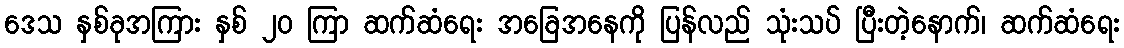
ဒေသ နှစ်ခုအကြား နှစ် ၂၀ ကြာ ဆက်ဆံရေး အခြေအနေကို ပြန်လည် သုံးသပ် ပြီးတဲ့နောက်၊ ဆက်ဆံရေး